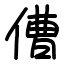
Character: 傮